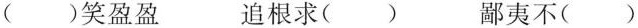
()笑盈盈 追根求() 鄙夷不()